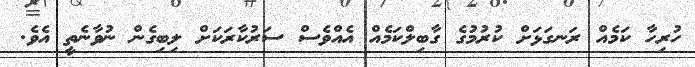
ހުރިހާ ކަމެއް ރަނގަޅަށް ކުރުމުގެ ގާބިލްކަމެއް އެއްވެސް ސަރުކާރަކަށް ލިބިގެން ނުވާނެތީ އެވެ.